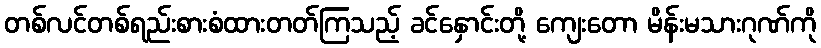
တစ်လင်တစ်ရည်းစားစံထားတတ်ကြသည့် ခင်နှောင်းတို့ ကျေးတော မိန်းမသားဂုဏ်ကို